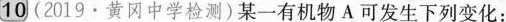
10(2019.黄冈中学检测)某一有机物A可发生下列变化：